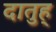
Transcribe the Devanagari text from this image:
दातुह्